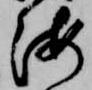
海